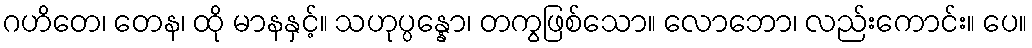
ဂဟိတေ၊ တေန၊ ထို မာနနှင့်။ သဟုပ္ပန္နော၊ တကွဖြစ်သော။ လောဘော၊ လည်းကောင်း။ ပေ။